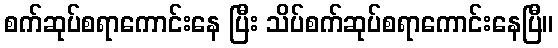
စက်ဆုပ်စရာကောင်းနေ ပြီး သိပ်စက်ဆုပ်စရာကောင်းနေပြီ။